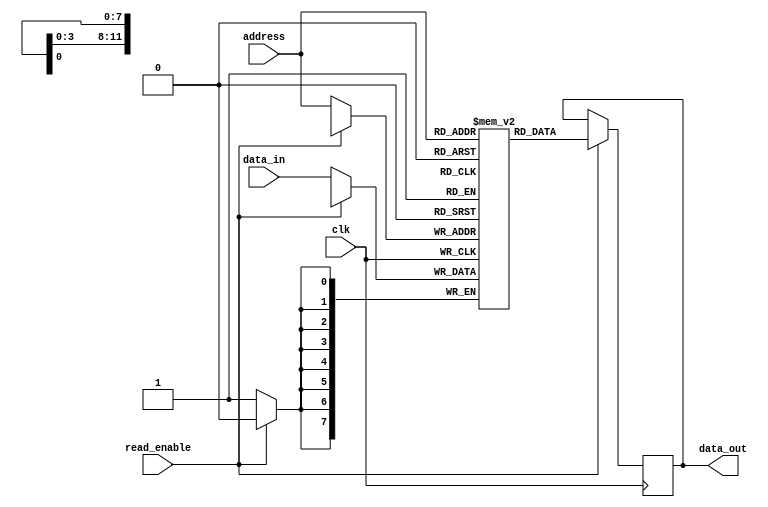
module flash_rom(
  input wire clk,
  input wire [11:0] address,
  input wire read_enable,
  input wire [7:0] data_in,
  output reg [7:0] data_out
);

// Memory Blocks Organization
reg [7:0] memory [0:4095];

// Error Correction Codes (if needed)

// Read Operation
always @(posedge clk) begin
  if(read_enable) begin
    data_out <= memory[address];
  end
end

// Write Operation
always @(posedge clk) begin
  if(!read_enable) begin
    memory[address] <= data_in;
  end
end

endmodule